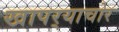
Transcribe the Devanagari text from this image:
खापर्‍याचोर